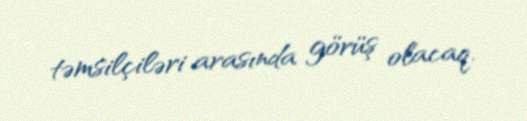
təmsilçiləri arasında görüş olacaq.